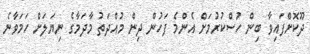
ދޫކޮށްފައިވާ ބިން ހުސްކުރުމަށް އެންމެ ފަހުން ދިން މުއްދަތު މާދަމާގެ ނިޔަލަށް ހަމަވާނެ